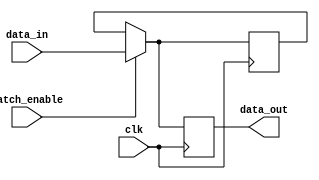
module transparent_latch_and_d_ff (
    input wire data_in,
    input wire latch_enable,
    input wire clk,
    output reg data_out
);

reg temp_data;

always @ (posedge clk) begin
    if (latch_enable) begin
        temp_data <= data_in;
    end
end

always @ (posedge clk) begin
    if (!latch_enable) begin
        data_out <= temp_data;
    end else begin
        data_out <= data_in;
    end
end

endmodule